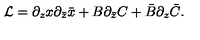
{ \cal L } = \partial _ { z } x \partial _ { \bar { z } } \bar { x } + B \partial _ { \bar { z } } C + \bar { B } \partial _ { z } \bar { C } .